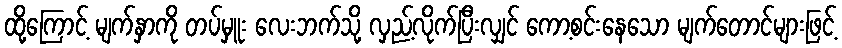
ထို့ကြောင့် မျက်နှာကို တပ်မှူး လေးဘက်သို့ လှည့်လိုက်ပြီးလျှင် ကော့စင်းနေသော မျက်တောင်များဖြင့်